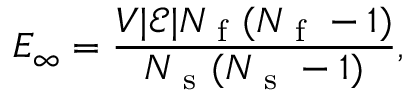
E _ { \infty } = \frac { V | \mathcal { E } | N _ { \mathrm { ~ f ~ } } ( N _ { \mathrm { ~ f ~ } } - 1 ) } { N _ { \mathrm { ~ s ~ } } ( N _ { \mathrm { ~ s ~ } } - 1 ) } ,